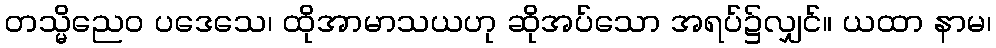
တသ္မိညေဝ ပဒေသေ၊ ထိုအာမာသယဟု ဆိုအပ်သော အရပ်၌လျှင်။ ယထာ နာမ၊